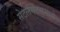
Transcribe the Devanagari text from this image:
सेटलमेंटसमध्ये